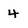
Character: 4